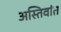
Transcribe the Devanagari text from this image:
अस्तिवांत